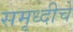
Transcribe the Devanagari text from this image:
समृध्‍दीचे